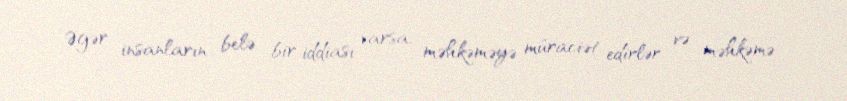
Əgər insanların belə bir iddiası varsa, məhkəməyə müraciət edirlər və məhkəmə